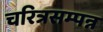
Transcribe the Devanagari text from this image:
चरित्रसम्पन्न